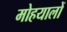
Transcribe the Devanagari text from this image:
मोहयालों